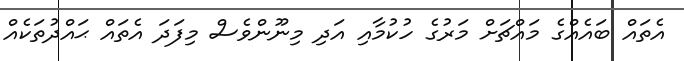
އެތައް ބައެއްގެ މައްޗަށް މަރުގެ ހުކުމާއި އަދި މިނޫންވެސް މިފަދަ އެތައް ޙައްދުތަކެއް